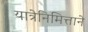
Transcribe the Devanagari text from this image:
यात्रेनिमित्ताने